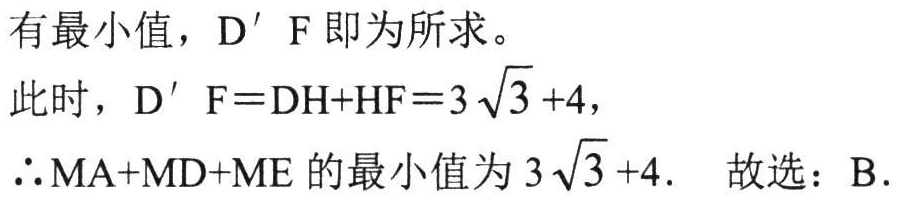
有最小值，\(D^{\prime}F\)即为所求。

此时，\(D^{\prime}F = DH + HF = 3\sqrt{3}+4\)，

\(\therefore MA + MD + ME\)的最小值为\(3\sqrt{3}+4\). 故选：B.